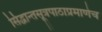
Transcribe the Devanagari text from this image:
सिद्धान्तसूत्रपाठाप्रमाणेच